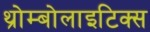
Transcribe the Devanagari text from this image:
थ्रोम्बोलाइटिक्स